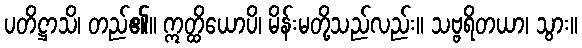
ပတိဋ္ဌာသိ၊ တည်၏။ ဣတ္ထိယောပိ၊ မိန်းမတို့သည်လည်း။ သဗ္ဗရိတယာ၊ သွား။